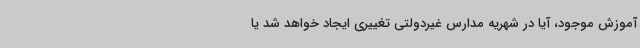
آموزش موجود، آیا در شهریه مدارس غیردولتی تغییری ایجاد خواهد شد یا